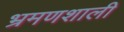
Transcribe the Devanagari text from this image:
भ्रमणशाली